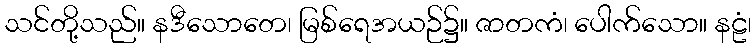
သင်တို့သည်။ နဒီသောတေ၊ မြစ်ရေအယဉ်၌။ ဇာတကံ၊ ပေါက်သော။ နဠံ၊